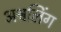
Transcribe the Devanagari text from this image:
अश्वलिंग